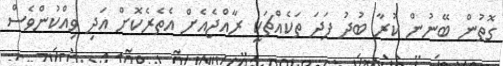
ގޮތުން ބޭނުން ކުރާ ބުދު ފަދަ ތަކެއްޗަކީ ރާއްޖެއެށް އެތެރެކޮށް އަދި ވިއްކުންވެސް